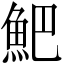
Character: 䰾